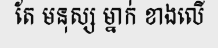
តែ មនុស្ស ម្នាក់ ខាងលើ